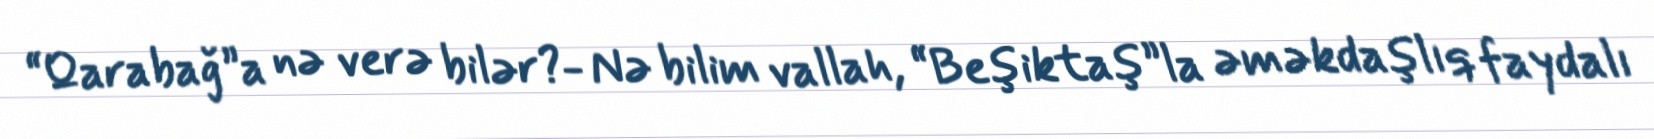
“Qarabağ”a nə verə bilər?- Nə bilim vallah, “Beşiktaş”la əməkdaşlıq faydalı